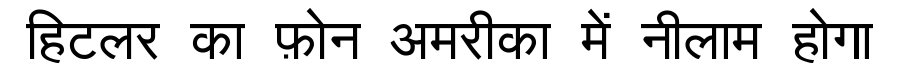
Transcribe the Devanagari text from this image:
हिटलर का फ़ोन अमरीका में नीलाम होगा